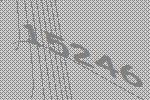
15246